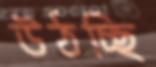
উঠচ্ছি